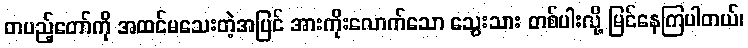
တပည့်တော်ကို အထင်မသေးတဲ့အပြင် အားကိုးလောက်သော သွေးသား တစ်ပါးလို့ မြင်နေကြပါတယ်၊